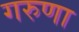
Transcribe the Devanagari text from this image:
गरुणा